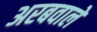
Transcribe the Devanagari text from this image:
अरबवाले